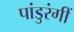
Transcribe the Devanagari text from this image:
पांडुरंगीं